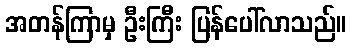
အတန်ကြာမှ ဦးကြီး ပြန်ပေါ်လာသည်။